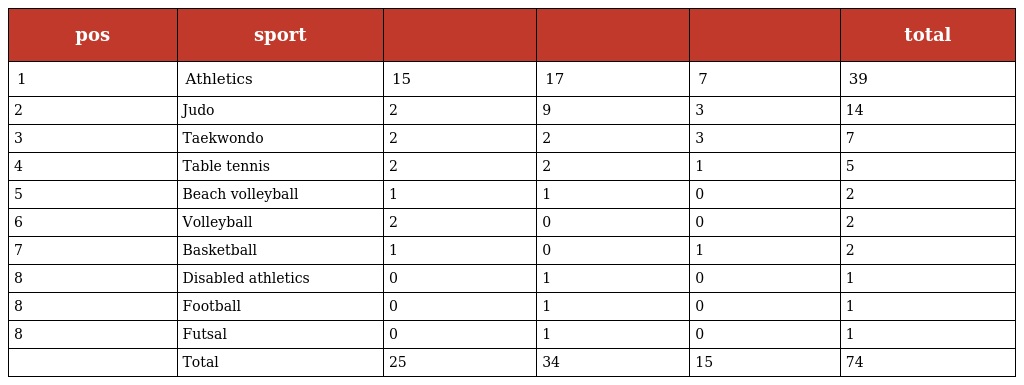
| pos | sport |  |  |  | total |
 | --- | --- | --- | --- | --- | --- |
 | 1 | Athletics | 15 | 17 | 7 | 39 |
 | 2 | Judo | 2 | 9 | 3 | 14 |
 | 3 | Taekwondo | 2 | 2 | 3 | 7 |
 | 4 | Table tennis | 2 | 2 | 1 | 5 |
 | 5 | Beach volleyball | 1 | 1 | 0 | 2 |
 | 6 | Volleyball | 2 | 0 | 0 | 2 |
 | 7 | Basketball | 1 | 0 | 1 | 2 |
 | 8 | Disabled athletics | 0 | 1 | 0 | 1 |
 | 8 | Football | 0 | 1 | 0 | 1 |
 | 8 | Futsal | 0 | 1 | 0 | 1 |
 |  | Total | 25 | 34 | 15 | 74 |